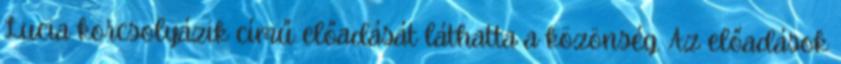
Lucia korcsolyázik című előadását láthatta a közönség. Az előadások